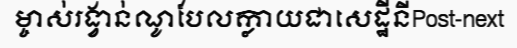
ម្ចាស់រង្វាន់ណូបែលក្លាយជាសេដ្ឋីនីPost-next